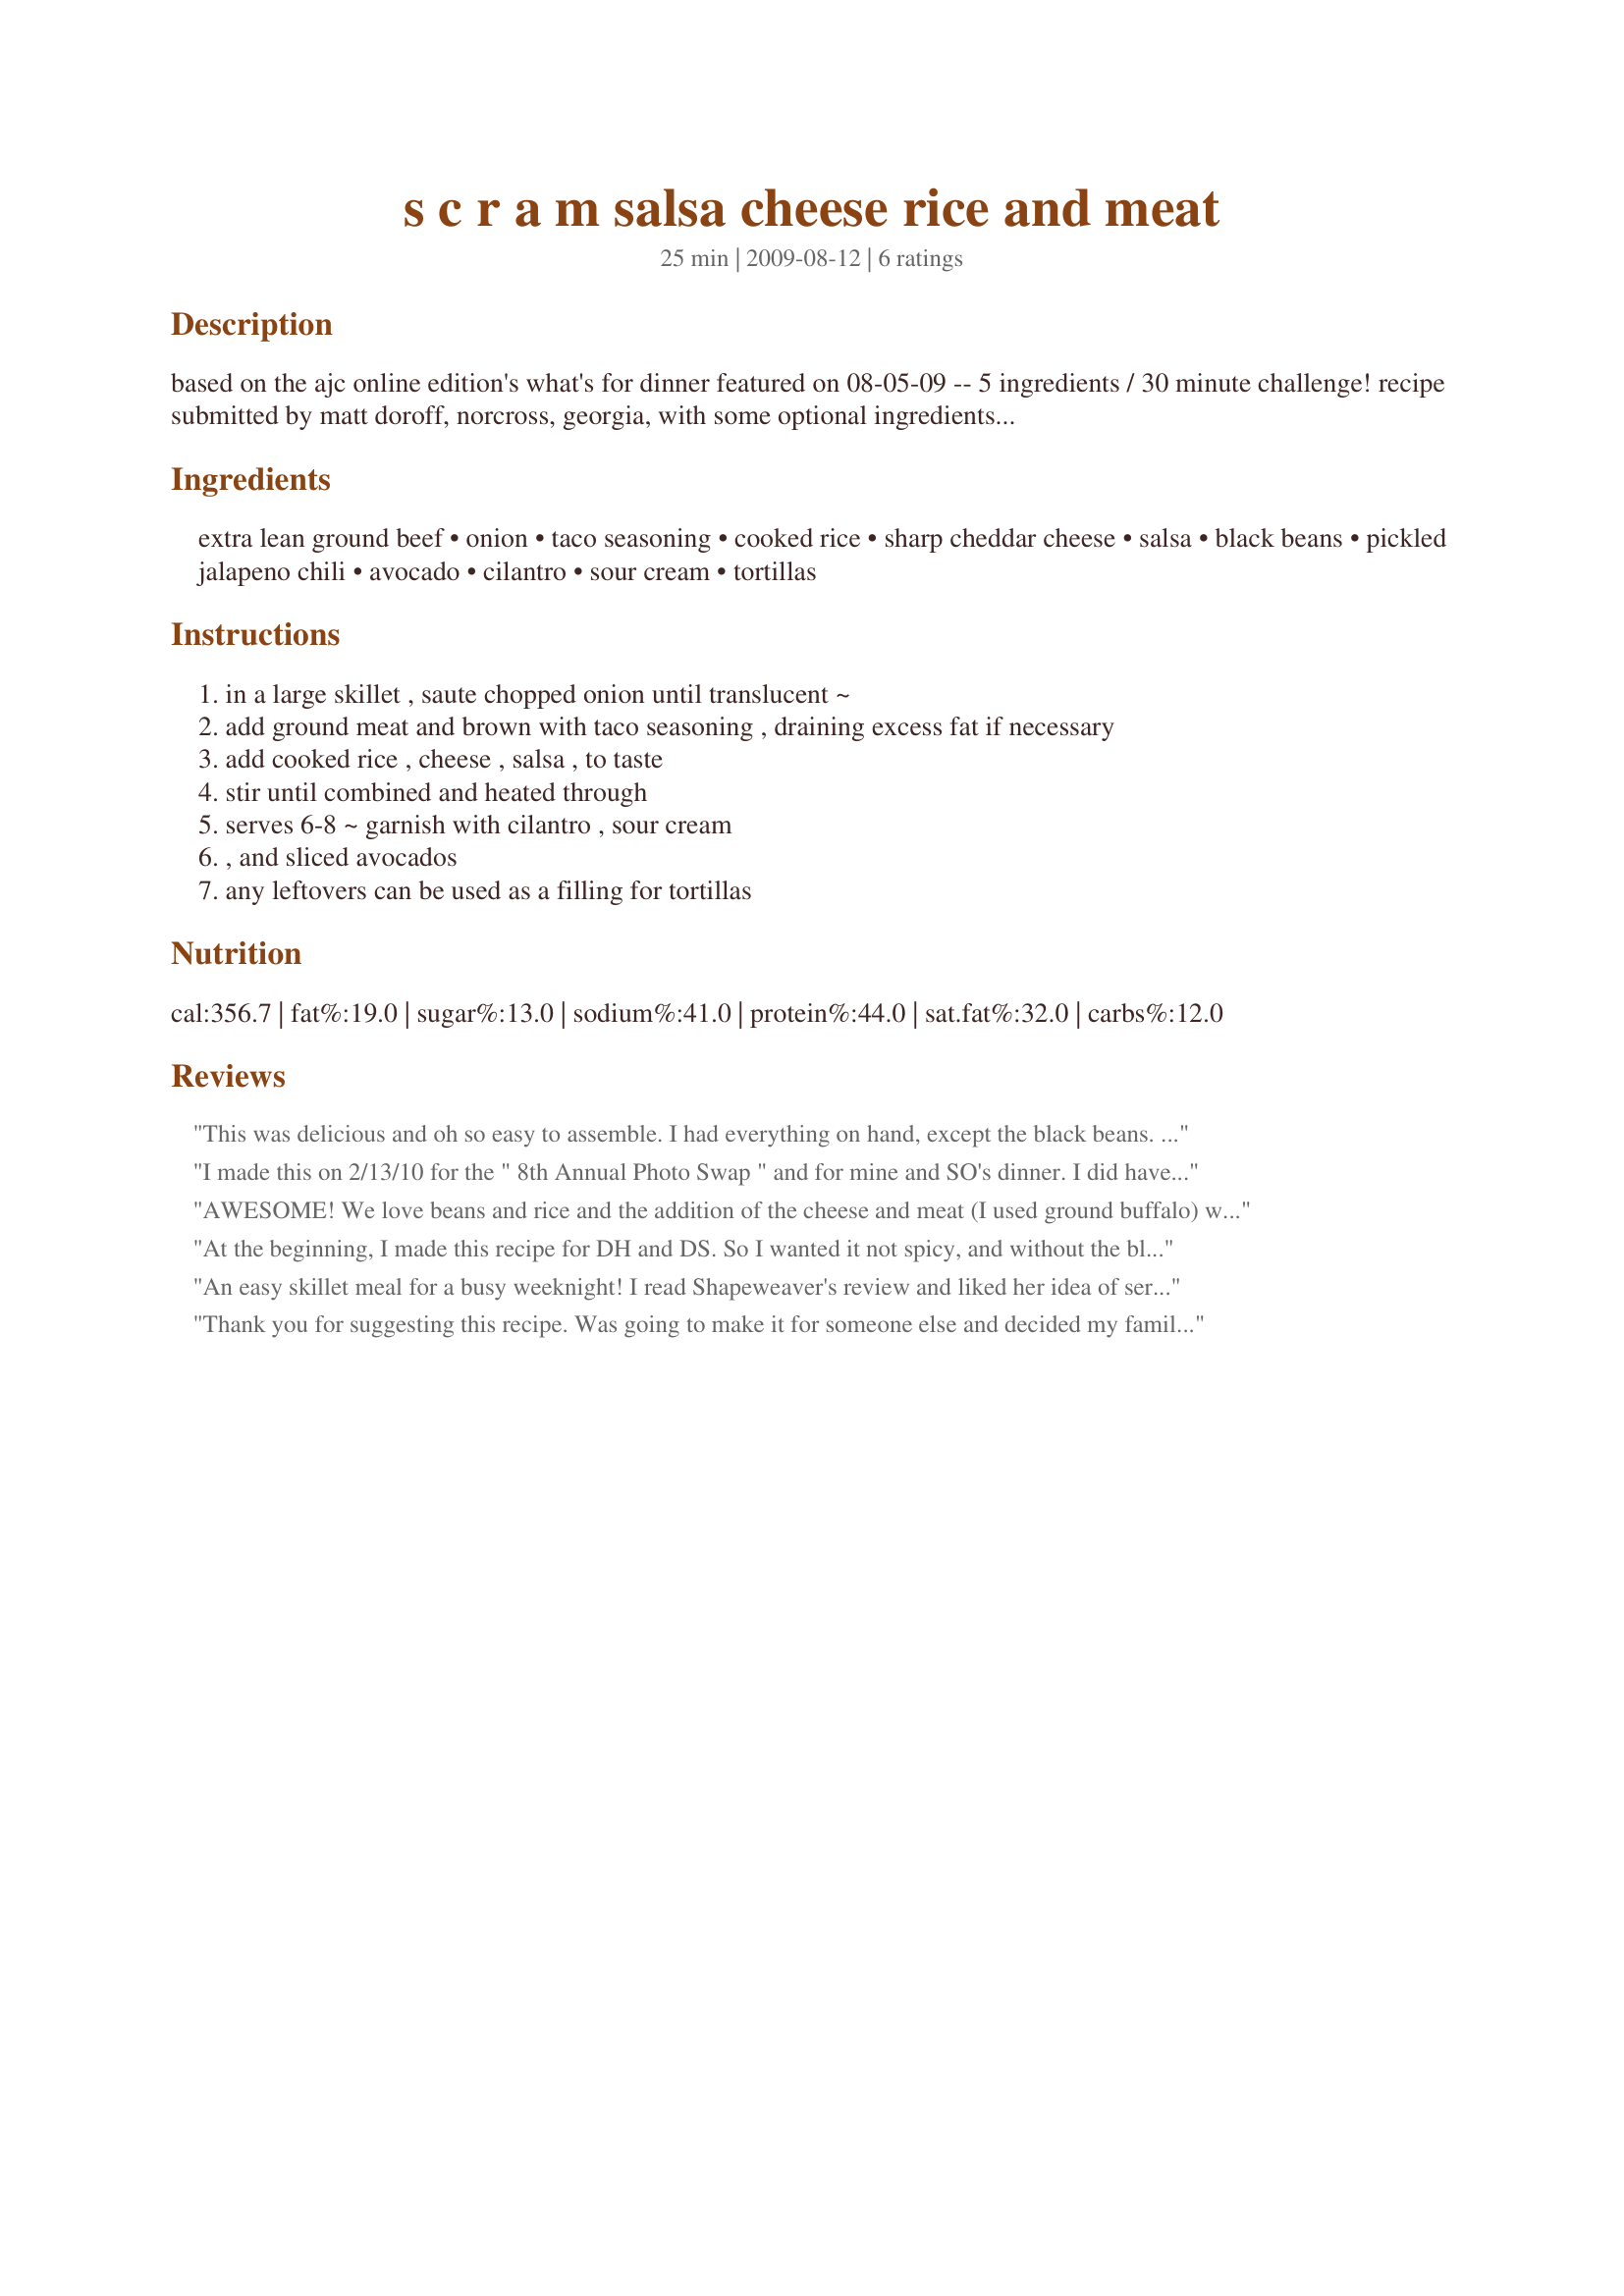
s c r a m salsa cheese rice and meat
Preparation time: 25 minutes

based on the ajc online edition's what's for dinner featured on 08-05-09 -- 5 ingredients / 30 minute challenge! recipe submitted by matt doroff, norcross, georgia, with some optional ingredients. a great one-pot, family friendly meal with an even better kid-approved acronym, scram :) (salsa, cheese, rice and meat). this is convenience cooking at its best, a ground meat skillet dinner using salsa and taco seasoning for flavor and cooked rice (and optional black beans) to add heft... if you don't have cooked rice on hand, one (8.8-ounce) package brown or white cooked ready rice (90 second microwaveable) can be used. to keep this more kid-friendly, leave out the chopped jalapenos! leftovers can be rolled up in a tortilla for a burrito filling - or plan on using tortillas as part of your scram meal!

Ingredients:
extra lean ground beef, onion, taco seasoning, cooked rice, sharp cheddar cheese, salsa, black beans, pickled jalapeno chili, avocado, cilantro, sour cream, tortillas

Steps:
in a large skillet , saute chopped onion until translucent ~, add ground meat and brown with taco seasoning , draining excess fat if necessary, add cooked rice , cheese , salsa , to taste, stir until combined and heated through, serves 6-8 ~ garnish with cilantro , sour cream, , and sliced avocados, any leftovers can be used as a filling for tortillas

Reviews:
This was delicious and oh so easy to assemble. I had everything on hand, except the black beans. which I would have omitted anyway. Instead i added a can of corn. For some added crunch, I served crushed Nacho Doritos on the side. :)
I made this on 2/13/10 for the " 8th Annual Photo Swap " and for mine and SO's dinner. I did have to cook my rice, and you were " right on the money " about the extra 20 minutes. :). Since it was just myself and SO, the recipe was halved.Instead of chedder a blend of six Mexican Cheeses was used. For my portion, I placed some of the S-C-R-A-M over tortilla chips, topped with a bit of sour cream and green onions. Then sprinkled a bit more cheese over the top, It was quick to make and tasted pretty good. Thanks for posting and, " Keep Smiling :) "
AWESOME! We love beans and rice and the addition of the cheese and meat (I used ground buffalo) was wonderful. Great combination of flavors ~ I added the beans and the jalapenos ~ also had to pre-cook my brown rice, but certainly worth the extra time it took. Thanks so much KuW for this recipe ~ we will use the leftovers for brunch today after church. Made for PAC FALL 2009!
At the beginning, I made this recipe for DH and DS. So I wanted it not spicy, and without the black beans. But finally, because of my taco seasoning, it was a little bit spicy so only DH will eat it. It's so yummy. DH liked it so much. Thanks Kerfuffle :) Made for 123 hit wonders
An easy skillet meal for a busy weeknight! I read Shapeweaver's review and liked her idea of serving this with tortilla chips, so I did that. I skipped the jalapeno's as I don't like spicy food but my son "fixed" his plate by adding some Frank's Hot Sauce to it and he quite liked that. Thx for an easy recipe!
Thank you for suggesting this recipe. Was going to make it for someone else and decided my family needed to try it first...It was a hit. I added a Hot taco seasoning since we do like spicey and the black beans was some I found that were Tex-Mex black beans and added a little more cheese. Will definitely be making this again. My son's fiancee was here and she asked for the recipe. Again, thank you.
